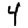
Digit: 4